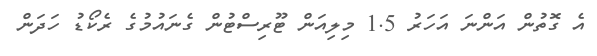
އެ ގޮތުން އަންނަ އަހަރު 1.5 މިލިއަން ޓޫރިސްޓުން ގެނައުމުގެ ރެކޯޑު ހަދަން